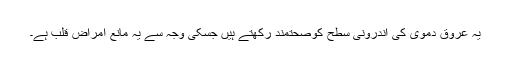
یہ عروق دموی کی اندرونی سطح کوصحتمند رکھتے ہیں جسکی وجہ سے یہ مانع امراض قلب ہے۔